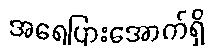
အရေပြားအောက်ရှိ